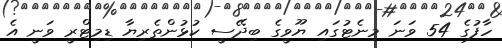
ހާފުގެ 54 ވަނަ މިނެޓުގައި ޔޫވީގެ ބިދޭސީ ކުޅުންތެރިޔާ ޑިމިޓްރީ ވަނީ އެ